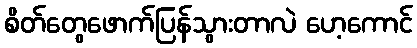
စိတ်တွေဖောက်ပြန်သွားတာလဲ ဟေ့ကောင်